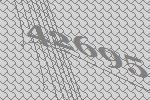
42695